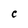
Character: C